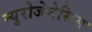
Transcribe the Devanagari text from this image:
न्युरोजेनेसिस